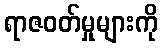
ရာဇဝတ်မှုများကို